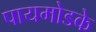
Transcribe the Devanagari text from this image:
पायमोडके